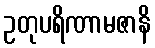
ဥတုပရိဏာမဇာနိ